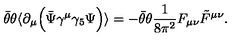
\bar { \theta } \theta \langle \partial _ { \mu } \Big ( \bar { \Psi } \gamma ^ { \mu } \gamma _ { 5 } \Psi \Big ) \rangle = - \bar { \theta } \theta \frac { 1 } { 8 \pi ^ { 2 } } F _ { \mu \nu } \tilde { F } ^ { \mu \nu } .